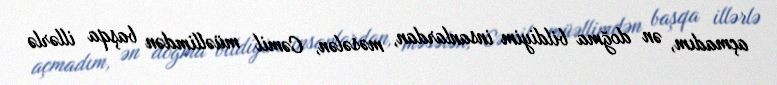
açmadım, ən doğma bildiyim insanlardan, məsələn, Cəmil müəllimdən başqa illərlə